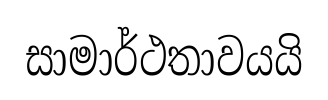
සාමාර්ථතාවයයි